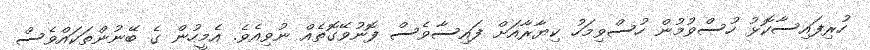
ހުރިފައިސާކޮޅު ހުސްވުމުން ހުސްވިމަހު ކިޔާރާއަށް ފައިސާވެސް ފޮނުވޭގޮތެއް ނުވިއެވެ. އެމީހުން ގެ ބޭނުންތަކައްވެސް